Lunatic asylums in Bengal annual reports 1899-1911 - 1899-1911
Year: 1899
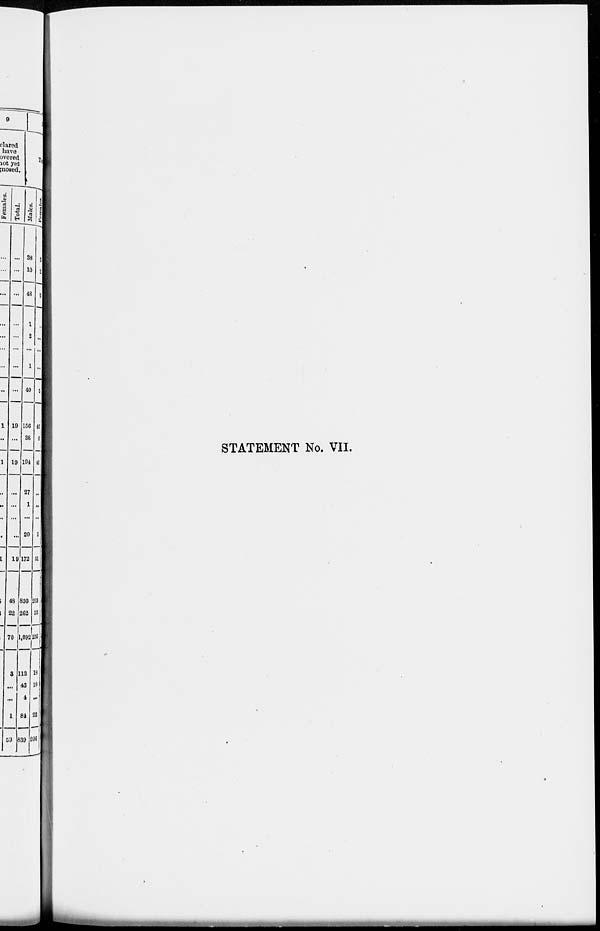
STATEMENT No. VII.